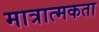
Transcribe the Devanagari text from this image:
मात्रात्मकता